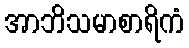
အာဘိသမာစာရိကံ